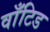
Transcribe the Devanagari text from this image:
वाँटिड